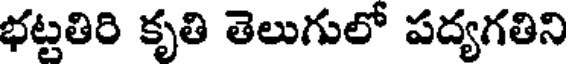
భట్టతిరి కృతి తెలుగులో పద్యగతిని